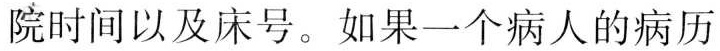
院时间以及床号。如果一个病人的病历